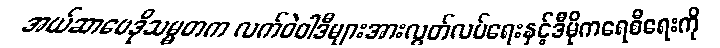
အယ်ဆာဗေဒိုသမ္မတက လက်ဝဲဝါဒီများအားလွတ်လပ်ရေးနှင့်ဒီမိုကရေစီရေးကို